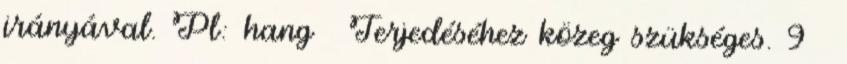
irányával. Pl: hang  Terjedéséhez közeg szükséges. 9 